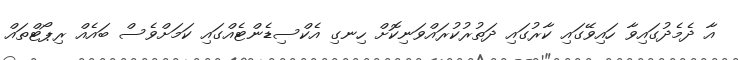
އާ ދެމެދުގައިވާ ހައިވޭގައި ކާރުގައި ދަތުރުކުރައްވަނިކޮށް ހިނގި އެކްސިޑެންޓެއްގައި ކަމަށްވެސް ބައެއް ރިޕޯޓްތައް